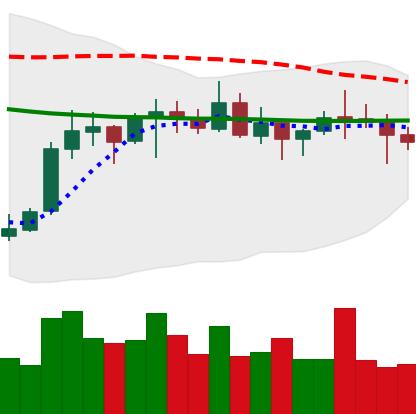
Ticker: ETC-USD
Chart end date: 2021-10-18
Forward return: 6.594%
Label: up_5_7